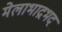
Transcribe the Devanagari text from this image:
मेलाभाद्रभद